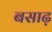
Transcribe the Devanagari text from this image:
बसाढ़